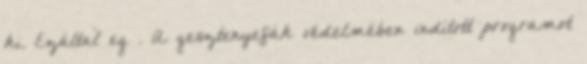
ki. Ezáltal eg . A gesztenyefák védelmében indított programot